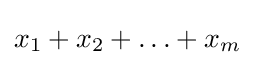
x_{1}+x_{2}+\ldots +x_{m}